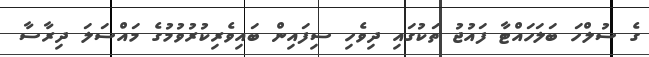
ގެ ސުލްހަ ބަލަހައްޓާ ފައުޖު ތަކުގައި ދިވެހި ސިފައިން ބައިވެރިކުރުވުމުގެ މައްސަލަ ދިރާސާ